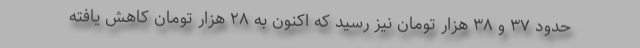
حدود ۳۷ و ۳۸ هزار تومان نیز رسید که اکنون به ۲۸ هزار تومان کاهش یافته